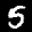
Label: 5